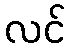
လင်